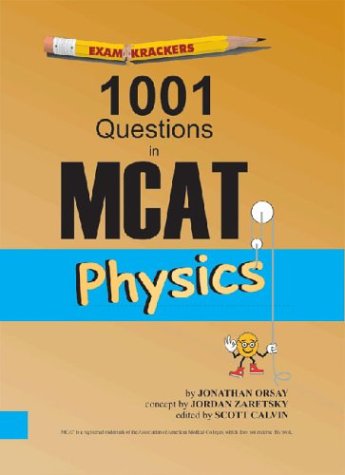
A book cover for Examkrackers: 1001 Questions in MCAT in Physics; Jonathan Orsay; Test Preparation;